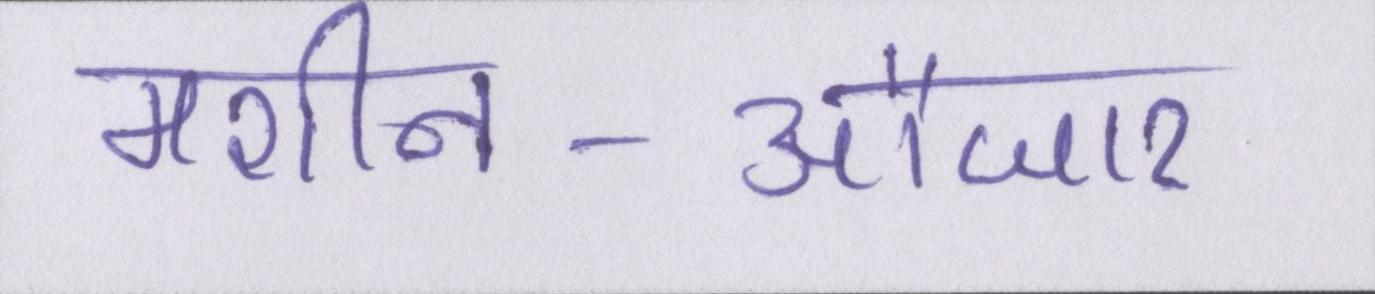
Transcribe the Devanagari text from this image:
मशीन-औजार